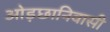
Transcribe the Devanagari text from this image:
ओड़छानिवासी